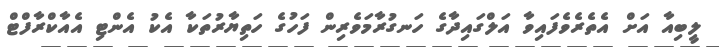
ލީބިއާ އަށް އެތެރެވެފައިވާ އަލްގައިދާގެ ހަނގުރާމަވެރިން ފަހުގެ ހަތިޔާރުތަކާ އެކު އެންޓި އެއާކްރާފްޓް